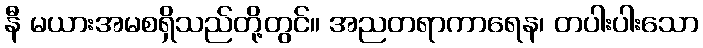
နီ မယားအမစရှိသည်တို့တွင်။ အညတရာကာရေန၊ တပါးပါးသော